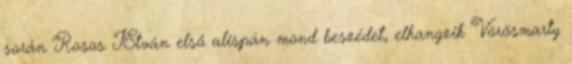
során Rosos IStván első alispán mond beszédet, elhangzik Vörösmarty